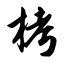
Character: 栲